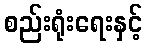
စည်းရုံးရေးနှင့်